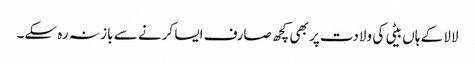
لالا کے ہاں بیٹی کی ولادت پر بھی کچھ صارف ایسا کرنے سے باز نہ رہ سکے۔